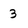
Character: 3